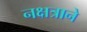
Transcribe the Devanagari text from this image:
नक्षत्राने